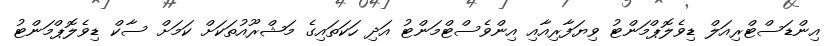
އިންޑަސްޓްރިއަލް ޑިވެލޮޕްމަންޓު ވިޔަފާރިއާއި އިންވެސްޓްމަންޓު އަދި ހަކަތައިގެ މަޝްރޫއުތަކަށް ކަމަށް ސާކް ޑިވެލޮޕްމަންޓު